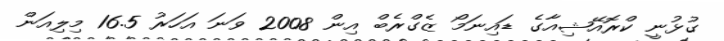
ގުޅުނީ ކްރޮއޭޝިއާގެ ޑައިނަމޯ ޒެގްރެބް އިން 2008 ވަނަ އަހަރު 16.5 މިލިއަން